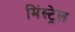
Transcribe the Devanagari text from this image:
मिंस्ट्रेल